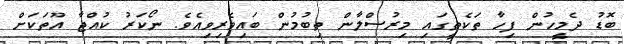
ބޮޑު ދެމީހުން ފިހާ ތަކެތީގައި މިރުސްލާން ތިބުމުން ބައިވެރިވިއެވެ. ނޯކަރު ކުއްޖާ އޫތަކަށް